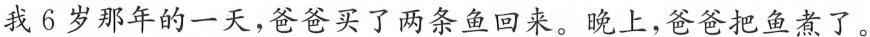
我6岁那年的一天，爸爸买了两条鱼回来。 晚上，爸爸把鱼煮了。